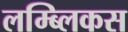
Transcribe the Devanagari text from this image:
लम्ब्लिकस